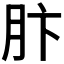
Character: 𫆘